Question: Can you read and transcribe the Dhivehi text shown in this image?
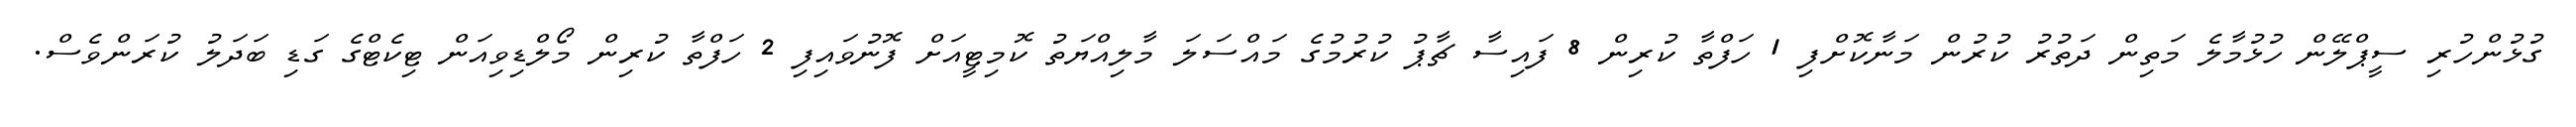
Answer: ގުޅުންހުރި ސީޕްލޭން ހުޅުމާލެ މަތިން ދަތުރު ކުރުން މަނާކޮށްފި 1 ހަފްތާ ކުރިން 8 ފައިސާ ޗާޕު ކުރުމުގެ މައްސަލަ މާލިއްޔަތު ކޮމިޓީއަށް ފޮނުވައިފި 2 ހަފްތާ ކުރިން މޯލްޑިވިއަން ޓިކެޓްގެ ގަޑި ބަދަލު ކުރަންވެސް.